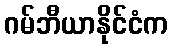
ဂမ်ဘီယာနိုင်ငံက